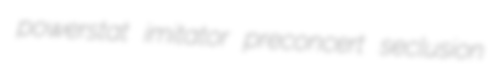
powerstat imitator preconcert seclusion